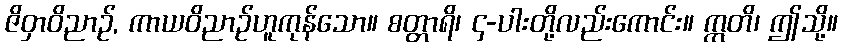
ဇိဝှာဝိညာဉ်, ကာယဝိညာဉ်ဟူကုန်သော။ စတ္တာရိ၊ ၄-ပါးတို့လည်းကောင်း။ ဣတိ၊ ဤသို့။